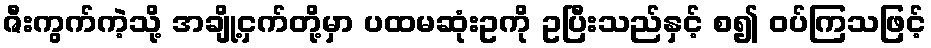
ဇီးကွက်ကဲ့သို့ အချို့ငှက်တို့မှာ ပထမဆုံးဥကို ဥပြီးသည်နှင့် စ၍ ဝပ်ကြသဖြင့်